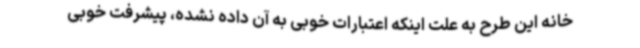
خانه این طرح به علت اینکه اعتبارات خوبی به آن داده نشده، پیشرفت خوبی